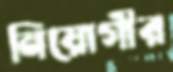
নিয়োগীর